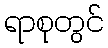
ရာစုတွင်